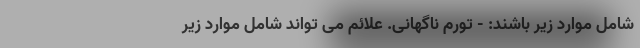
شامل موارد زیر باشند: - تورم ناگهانی. علائم می تواند شامل موارد زیر